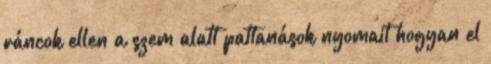
ráncok ellen a szem alatt pattanások nyomait hogyan el